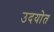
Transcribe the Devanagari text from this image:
उदयोत